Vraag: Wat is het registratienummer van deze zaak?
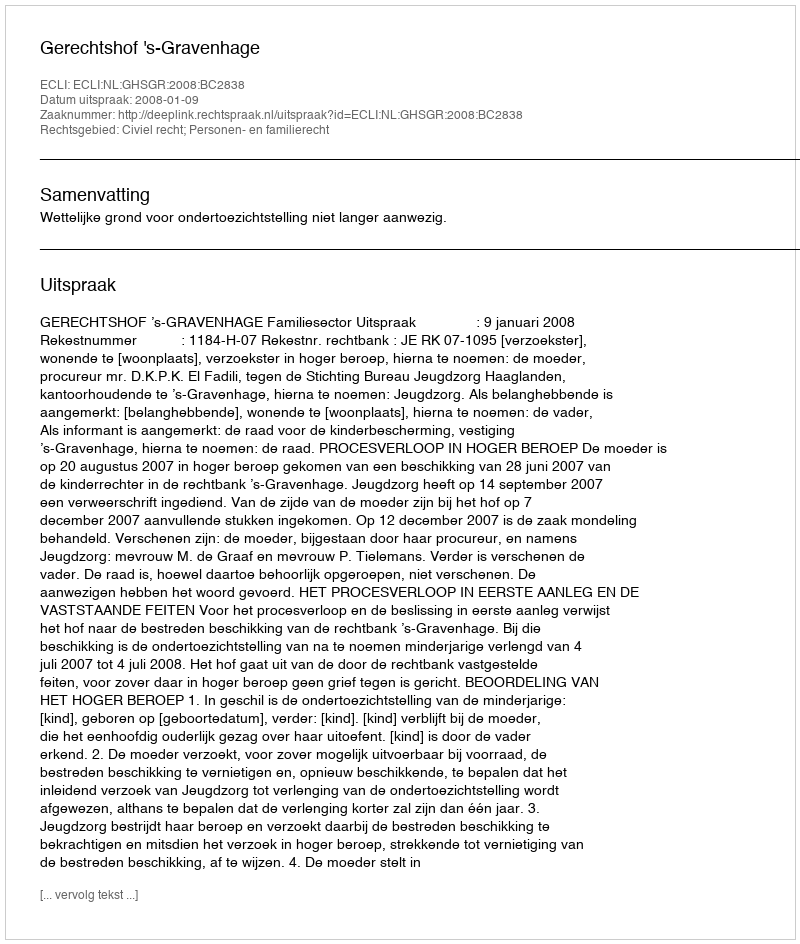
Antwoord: http://deeplink.rechtspraak.nl/uitspraak?id=ECLI:NL:GHSGR:2008:BC2838